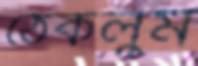
ঠেকলুম